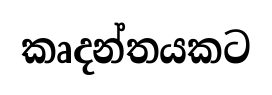
කෘදන්තයකට